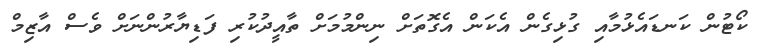
ކޯޓުން ކަނޑައެޅުމާއި ގުޅިގެން އެކަން އެގޮތަށް ނިންމުމަށް ތާއީދުކުރި ފަޑިޔާރުންނަށް ވެސް އާޒިމް